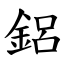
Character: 鋁